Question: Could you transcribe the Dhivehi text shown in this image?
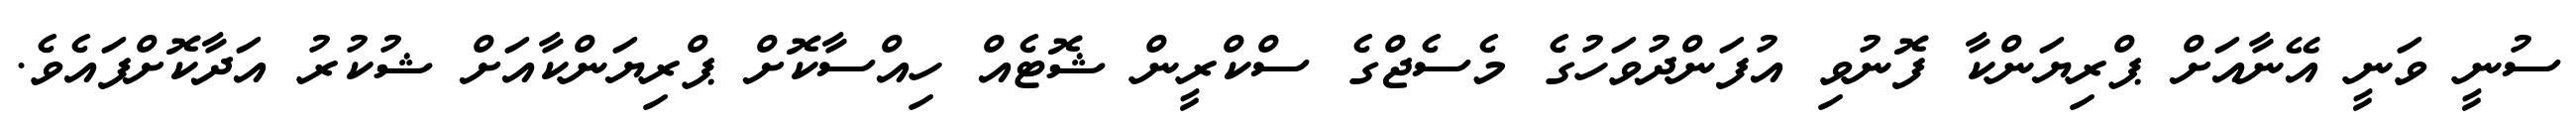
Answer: ސުނީ ވަނީ އޭނާއަށް ޕްރިޔަންކާ ފޮނުވި އުފަންދުވަހުގެ މެސެޖްގެ ސްކްރީން ޝޮޓެއް ހިއްސާކޮށް ޕްރިޔަންކާއަށް ޝުކުރު އަދާކޮށްފައެވެ.